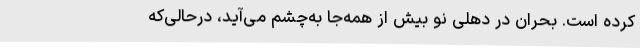
کرده است. بحران در دهلی نو بیش از همه‌جا به‌چشم می‌آید،‌ درحالی‌که